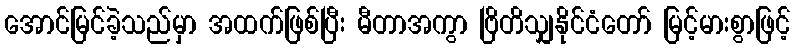
အောင်မြင်ခဲ့သည်မှာ အထက်ဖြစ်ပြီး မီတာအကွာ ဗြိတိသျှနိုင်ငံတော် မြင့်မားစွာဖြင့်